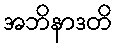
အဘိနာဒတိ